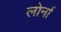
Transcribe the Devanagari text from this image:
लोर्ना